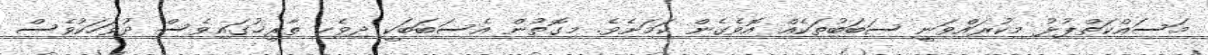
މަސައްކަތްޕުޅު މިކުރައްވަނީ ސަބަބުތަކެއް އޮވެގެން ކަމަށެވެ. މިގޮތުން އެސަބަބަކީ ދިވެހި ތާރީޚުގައިވެސް ދުވަހަކުވެސް